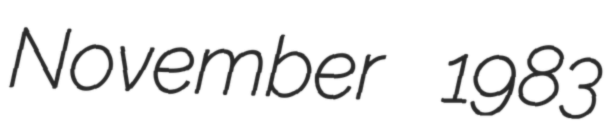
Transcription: November 1983